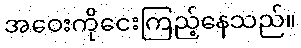
အဝေးကိုငေးကြည့်နေသည်။